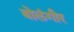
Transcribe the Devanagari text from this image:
बोलंगीर